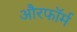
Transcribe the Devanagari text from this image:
औरफॉर्म